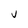
Character: V